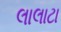
લાલાટા